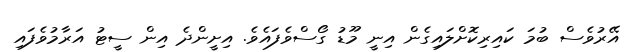
އޭރުވެސް ބުމަ ކައިރިކޮށްލައިގެން އިނީ މޫޑު ގޯސްވެފައެވެ. އިށީންދެ އިން ސީޓު އަރާމުވެފައި